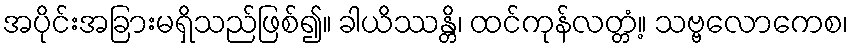
အပိုင်းအခြားမရှိသည်ဖြစ်၍။ ခါယိဿန္တိ၊ ထင်ကုန်လတ္တံ့။ သဗ္ဗလောကေစ၊